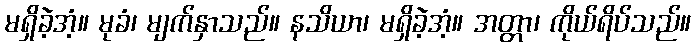
မရှိခဲ့အံ့။ မုခံ၊ မျက်နှာသည်။ နသိယာ၊ မရှိခဲ့အံ့။ အတ္တာ၊ ကိုယ်ရိပ်သည်။